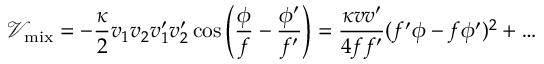
\mathcal { V } _ { \mathrm { m i x } } = - \frac { \kappa } { 2 } v _ { 1 } v _ { 2 } v _ { 1 } ^ { \prime } v _ { 2 } ^ { \prime } \cos \left( \frac { \phi } { f } - \frac { \phi ^ { \prime } } { f ^ { \prime } } \right) = \frac { \kappa v v ^ { \prime } } { 4 f f ^ { \prime } } ( f ^ { \prime } \phi - f \phi ^ { \prime } ) ^ { 2 } + \dots